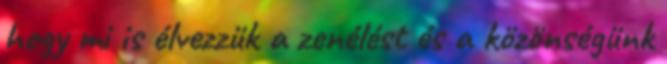
hogy mi is élvezzük a zenélést és a közönségünk